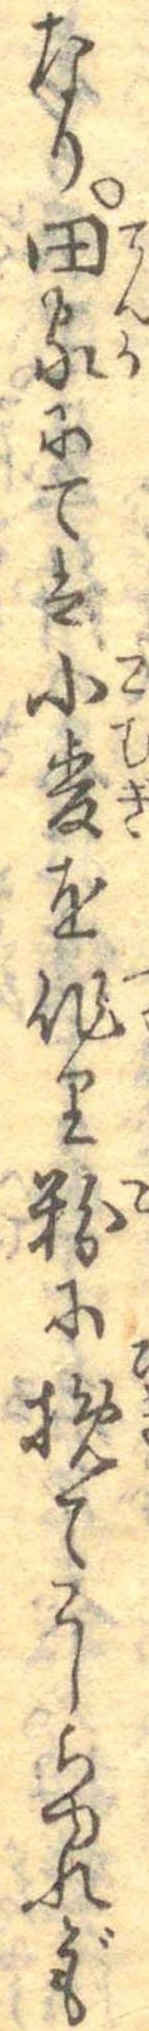
なり田家にては小麦を作り粉に挽てこしらゆれども